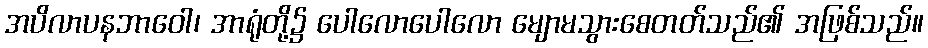
အပိလာပနဘာဝေါ၊ အာရုံတို့၌ ပေါလောပေါလော မျောမသွားစေတတ်သည်၏ အဖြစ်သည်။